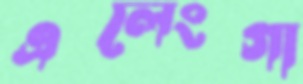
এলেংগা